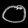
Digit: ၀